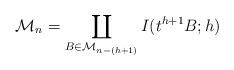
LaTeX: \begin{align*} \mathcal M_n = \coprod_{B\in \mathcal M_{n-(h+1)}} I(t^{h+1}B;h)\end{align*}